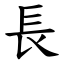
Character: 長